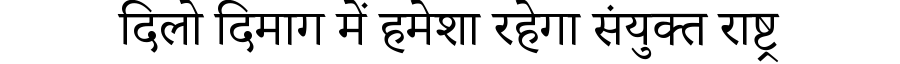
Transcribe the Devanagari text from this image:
दिलो दिमाग में हमेशा रहेगा संयुक्त राष्ट्र